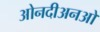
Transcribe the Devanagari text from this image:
ओनदीअनओ